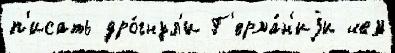
п'исать дро́гнул'и Г'ерма́н'иjи чем